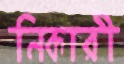
নিকারী